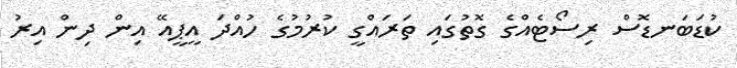
ކުޑަބަނޑޮސް ރިސޯޓެއްގެ ގޮތުގައި ތަރައްގީ ކުރުމުގެ ހުއްދަ އީޕީއޭ އިން ދިން އިރު